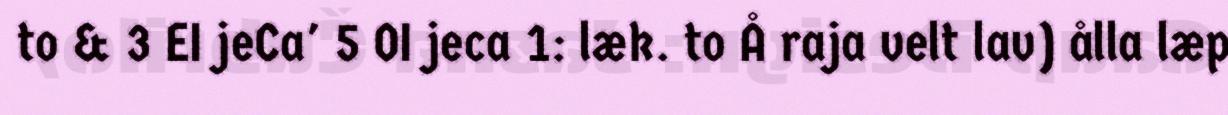
to & 3 EI jeCa' 5 OI jeca 1: læk. to Å raja velt lav) ålla læp